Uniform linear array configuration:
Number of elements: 8
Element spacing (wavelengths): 1
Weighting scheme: kaiser
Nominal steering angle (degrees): -30
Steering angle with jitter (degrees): -28.767
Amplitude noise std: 0.05
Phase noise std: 0.05

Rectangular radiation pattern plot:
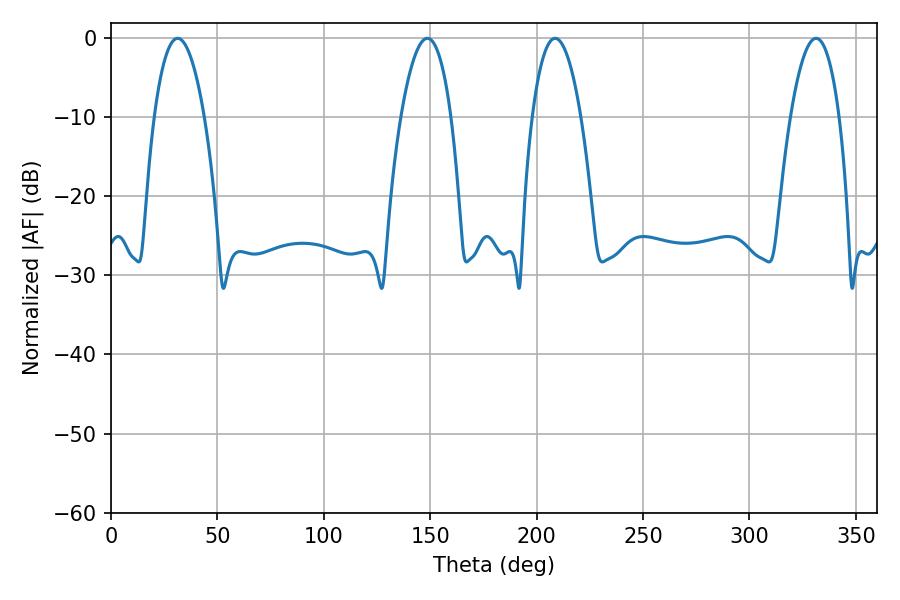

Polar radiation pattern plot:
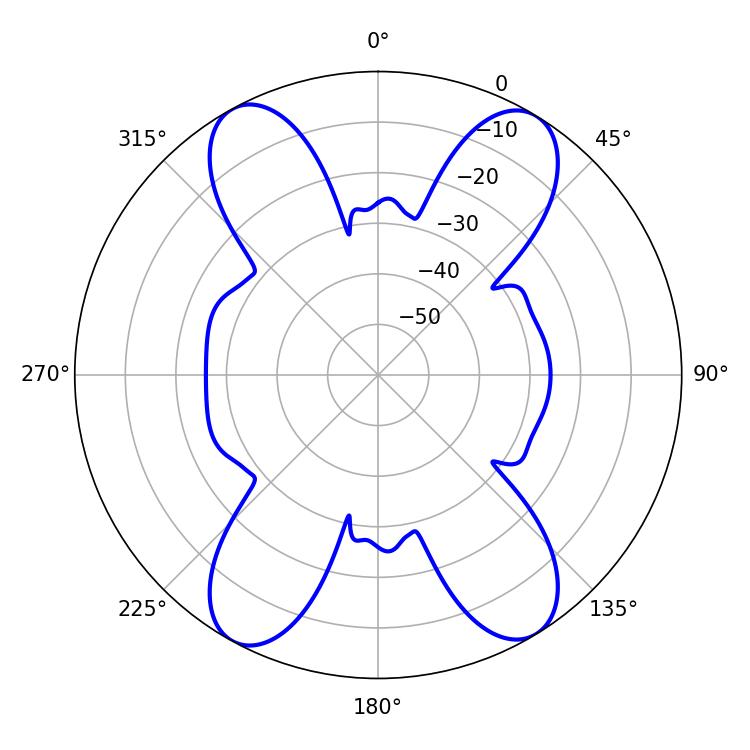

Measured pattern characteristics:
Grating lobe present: TRUE
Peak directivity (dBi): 19.006
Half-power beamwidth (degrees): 13.14
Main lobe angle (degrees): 31.32